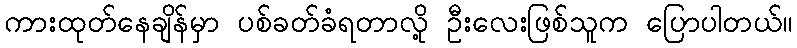
ကားထုတ်နေချိန်မှာ ပစ်ခတ်ခံရတာလို့ ဦးလေးဖြစ်သူက ပြောပါတယ်။